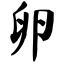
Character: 卵